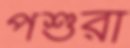
পশুরা